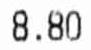
8.80